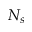
N _ { s }